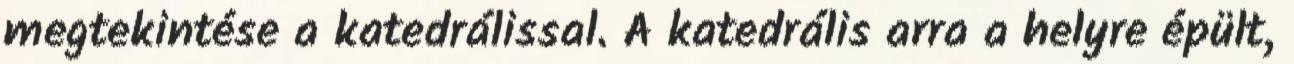
megtekintése a katedrálissal. A katedrális arra a helyre épült,